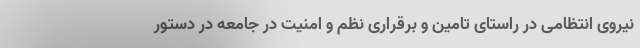
نیروی انتظامی در راستای تامین و برقراری نظم و امنیت در جامعه در دستور